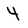
Character: 4